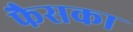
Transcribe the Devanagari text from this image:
फैसका